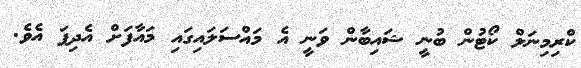
ކްރިމިނަލް ކޯޓުން ބުނީ ޝައިބާން ވަނީ އެ މައްސަލައިގައި މައާފަށް އެދިފަ އެވެ.